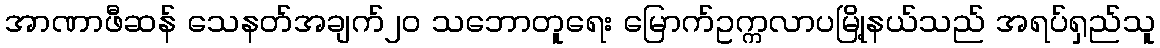
အာဏာဖီဆန် သေနတ်အချက်၂၀ သဘောတူရေး မြောက်ဥက္ကလာပမြို့နယ်သည် အရပ်ရှည်သူ